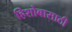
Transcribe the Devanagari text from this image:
हिशोबासाठी